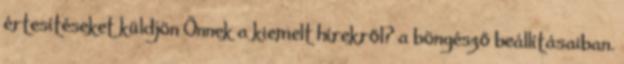
értesítéseket küldjön Önnek a kiemelt hírekről? a böngésző beállításaiban.